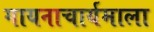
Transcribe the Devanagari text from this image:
गायनाचार्यमाला